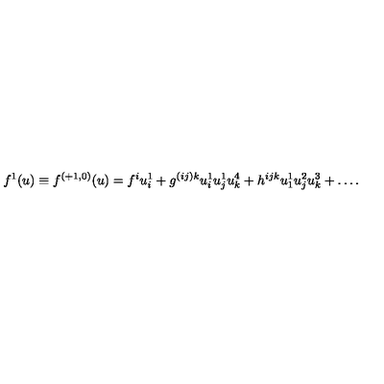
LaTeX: f ^ { 1 } ( u ) \equiv f ^ { ( + 1 , 0 ) } ( u ) = f ^ { i } u _ { i } ^ { 1 } + g ^ { ( i j ) k } u _ { i } ^ { 1 } u _ { j } ^ { 1 } u _ { k } ^ { 4 } + h ^ { i j k } u _ { 1 } ^ { 1 } u _ { j } ^ { 2 } u _ { k } ^ { 3 } + \ldots .